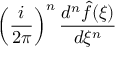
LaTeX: \left( { \frac { i } { 2 \pi } } \right) ^ { n } { \frac { d ^ { n } { \hat { f } } ( \xi ) } { d \xi ^ { n } } }